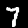
Label: 7